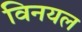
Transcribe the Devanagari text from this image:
विनयल